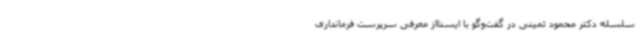
سلسله دکتر محمود ثمینی در گفت‌وگو با ایسنااز معرفی سرپرست فرمانداری